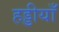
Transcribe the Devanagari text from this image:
हड्डीयाँ